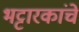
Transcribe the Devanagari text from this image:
भट्टारकांचे